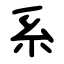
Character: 系